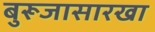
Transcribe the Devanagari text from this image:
बुरूजासारखा